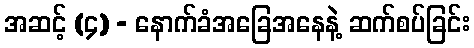
အဆင့် (၄) - နောက်ခံအခြေအနေနဲ့ ဆက်စပ်ခြင်း